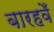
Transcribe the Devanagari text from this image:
बारहवेँ